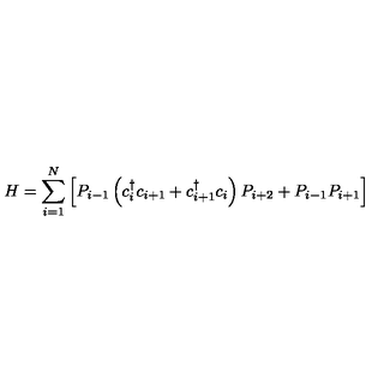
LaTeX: H = \sum _ { i = 1 } ^ { N } \left[ P _ { i - 1 } \left( c _ { i } ^ { \dagger } c _ { i + 1 } + c _ { i + 1 } ^ { \dagger } c _ { i } \right) P _ { i + 2 } + P _ { i - 1 } P _ { i + 1 } \right]